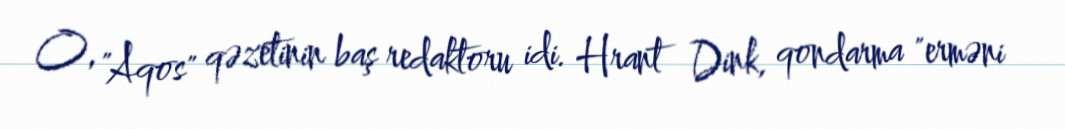
O, "Aqos" qəzetinin baş redaktoru idi. Hrant Dink, qondarma "erməni